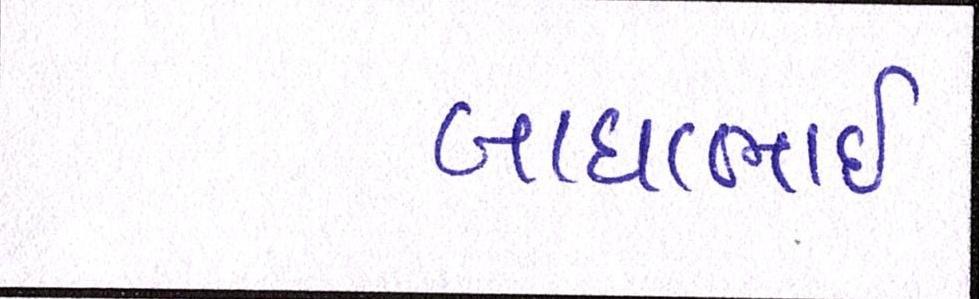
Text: બાઘાભાઇ